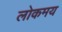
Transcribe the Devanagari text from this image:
लोकमय